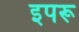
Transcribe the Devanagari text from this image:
इपरू